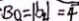
\cdot B O = \vert b _ { 2 } \vert = 4